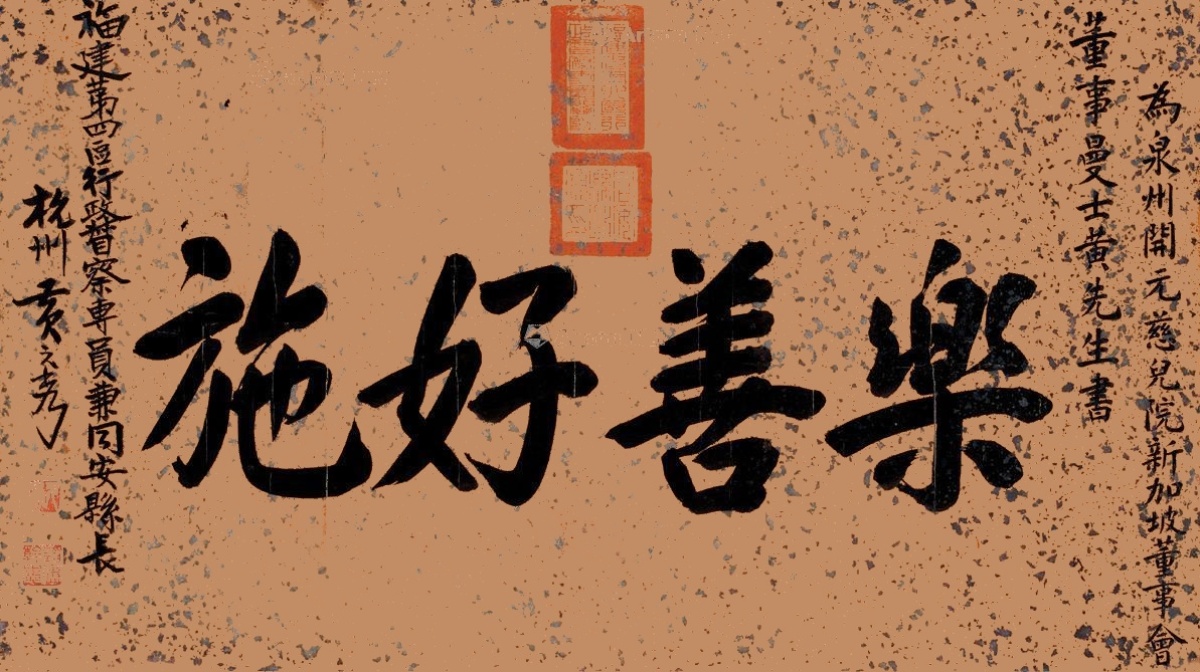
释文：乐善好施。为泉州开元慈儿院新加坡董事会董事曼士黄先生书。福建第四区行政督察专员兼同安县长，杭州黄元秀。